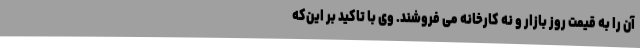
آن را به قیمت روز بازار و نه کارخانه می فروشند. وی با تاکید بر این‌که